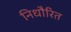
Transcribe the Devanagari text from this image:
निधौरित